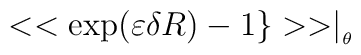
<<\exp (\varepsilon \delta R)-1\}>>\mid _{_{\theta }}